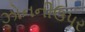
ઝોનનીઉપર